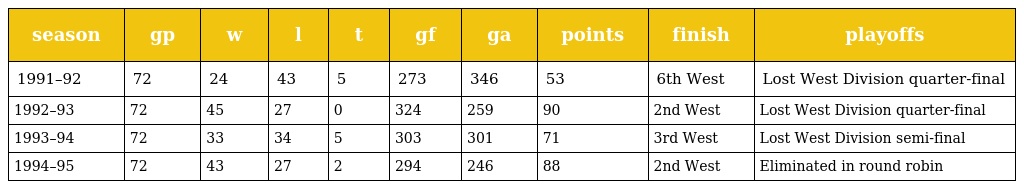
| season | gp | w | l | t | gf | ga | points | finish | playoffs |
 | --- | --- | --- | --- | --- | --- | --- | --- | --- | --- |
 | 1991–92 | 72 | 24 | 43 | 5 | 273 | 346 | 53 | 6th West | Lost West Division quarter-final |
 | 1992–93 | 72 | 45 | 27 | 0 | 324 | 259 | 90 | 2nd West | Lost West Division quarter-final |
 | 1993–94 | 72 | 33 | 34 | 5 | 303 | 301 | 71 | 3rd West | Lost West Division semi-final |
 | 1994–95 | 72 | 43 | 27 | 2 | 294 | 246 | 88 | 2nd West | Eliminated in round robin |